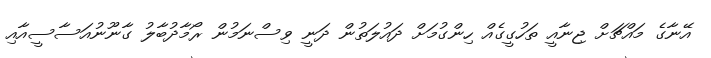
އޭނާގެ މައްޗަށް ޖިނާއީ ތަހުގީގެއް ހިންގުމަށް ދައުލަތުން ދަނީ ވިސްނަމުން ރޯމާދުބާލު ގާނޫނުއަސާސީއާއި